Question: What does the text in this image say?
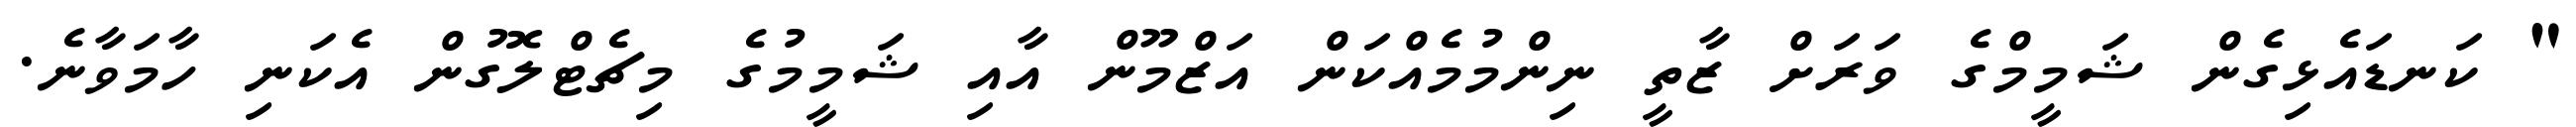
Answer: " ކަނޑައެޅިގެން ޝަމީމްގެ ވަރަށް ޒާތީ ނިންމުމެއްކަން އަޒްމޫން އާއި ޝަމީމުގެ މިޗެޓްލޮގުން އެކަނި ހާމަވާނެ.